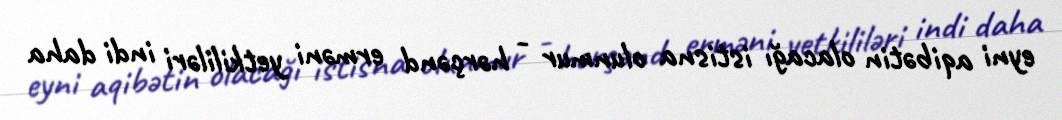
eyni aqibətin olacağı istisna olunmur - hərçənd erməni yetkililəri indi daha